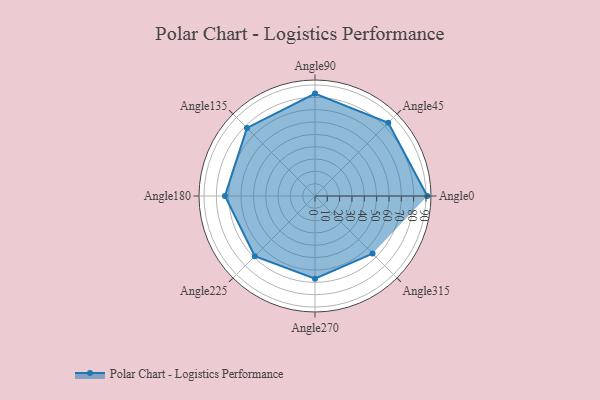
{"axis": {"x": "Angle", "y": "Radius"}, "legend": [""], "data": [{"x": "Angle0", "y": 91.0, "type": ""}, {"x": "Angle45", "y": 84.0, "type": ""}, {"x": "Angle90", "y": 83.0, "type": ""}, {"x": "Angle135", "y": 78.0, "type": ""}, {"x": "Angle180", "y": 73.0, "type": ""}, {"x": "Angle225", "y": 69.0, "type": ""}, {"x": "Angle270", "y": 67.0, "type": ""}, {"x": "Angle315", "y": 66.0, "type": ""}]}